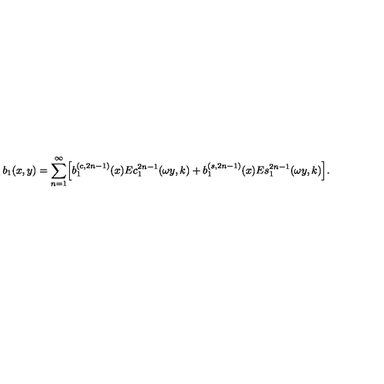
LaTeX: b _ { 1 } ( x , y ) = \sum _ { n = 1 } ^ { \infty } \Bigl [ b _ { 1 } ^ { ( c , 2 n - 1 ) } ( x ) E c _ { 1 } ^ { 2 n - 1 } ( \omega y , k ) + b _ { 1 } ^ { ( s , 2 n - 1 ) } ( x ) E s _ { 1 } ^ { 2 n - 1 } ( \omega y , k ) \Bigr ] .